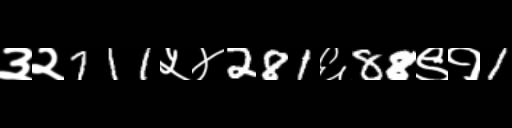
Text: ३२711५४281६88९१1